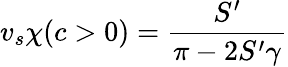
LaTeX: v_{s}\chi(c>0)=\frac{S^{\prime}}{\pi-2S^{\prime}\gamma}